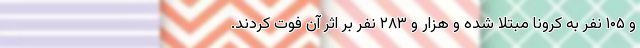
و ۱۰۵ نفر به کرونا مبتلا شده و هزار و ۲۸۳ نفر بر اثر آن فوت کردند.